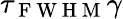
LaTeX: \tau_{\mathrm{~F~W~H~M~}}\gamma